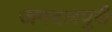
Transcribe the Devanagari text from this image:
जगदलपुरी